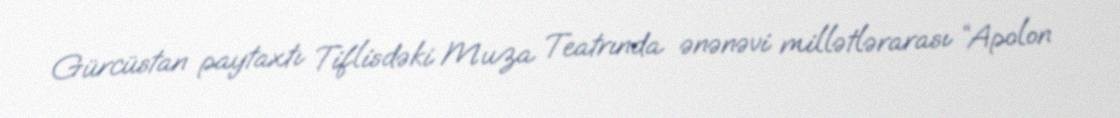
Gürcüstan paytaxtı Tiflisdəki Muza Teatrında ənənəvi millətlərarası “Apolon